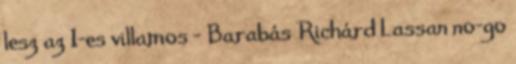
lesz az 1-es villamos - Barabás Richárd Lassan no-go